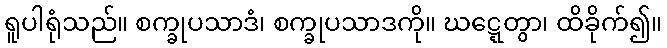
ရူပါရုံသည်။ စက္ခုပသာဒံ၊ စက္ခုပသာဒကို။ ဃဋ္ဋေတွာ၊ ထိခိုက်၍။